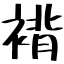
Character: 褙